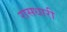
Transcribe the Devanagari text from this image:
रासधारी